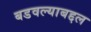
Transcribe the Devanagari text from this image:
बडवल्याबद्दल